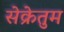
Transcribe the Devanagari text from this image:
सेक्रेतुम